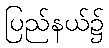
ပြည်နယ်၌